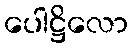
ပေါဋ္ဌိလော